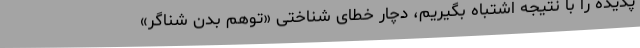
پدیده را با نتیجه اشتباه بگیریم، دچار خطای شناختی «توهم بدن شناگر»